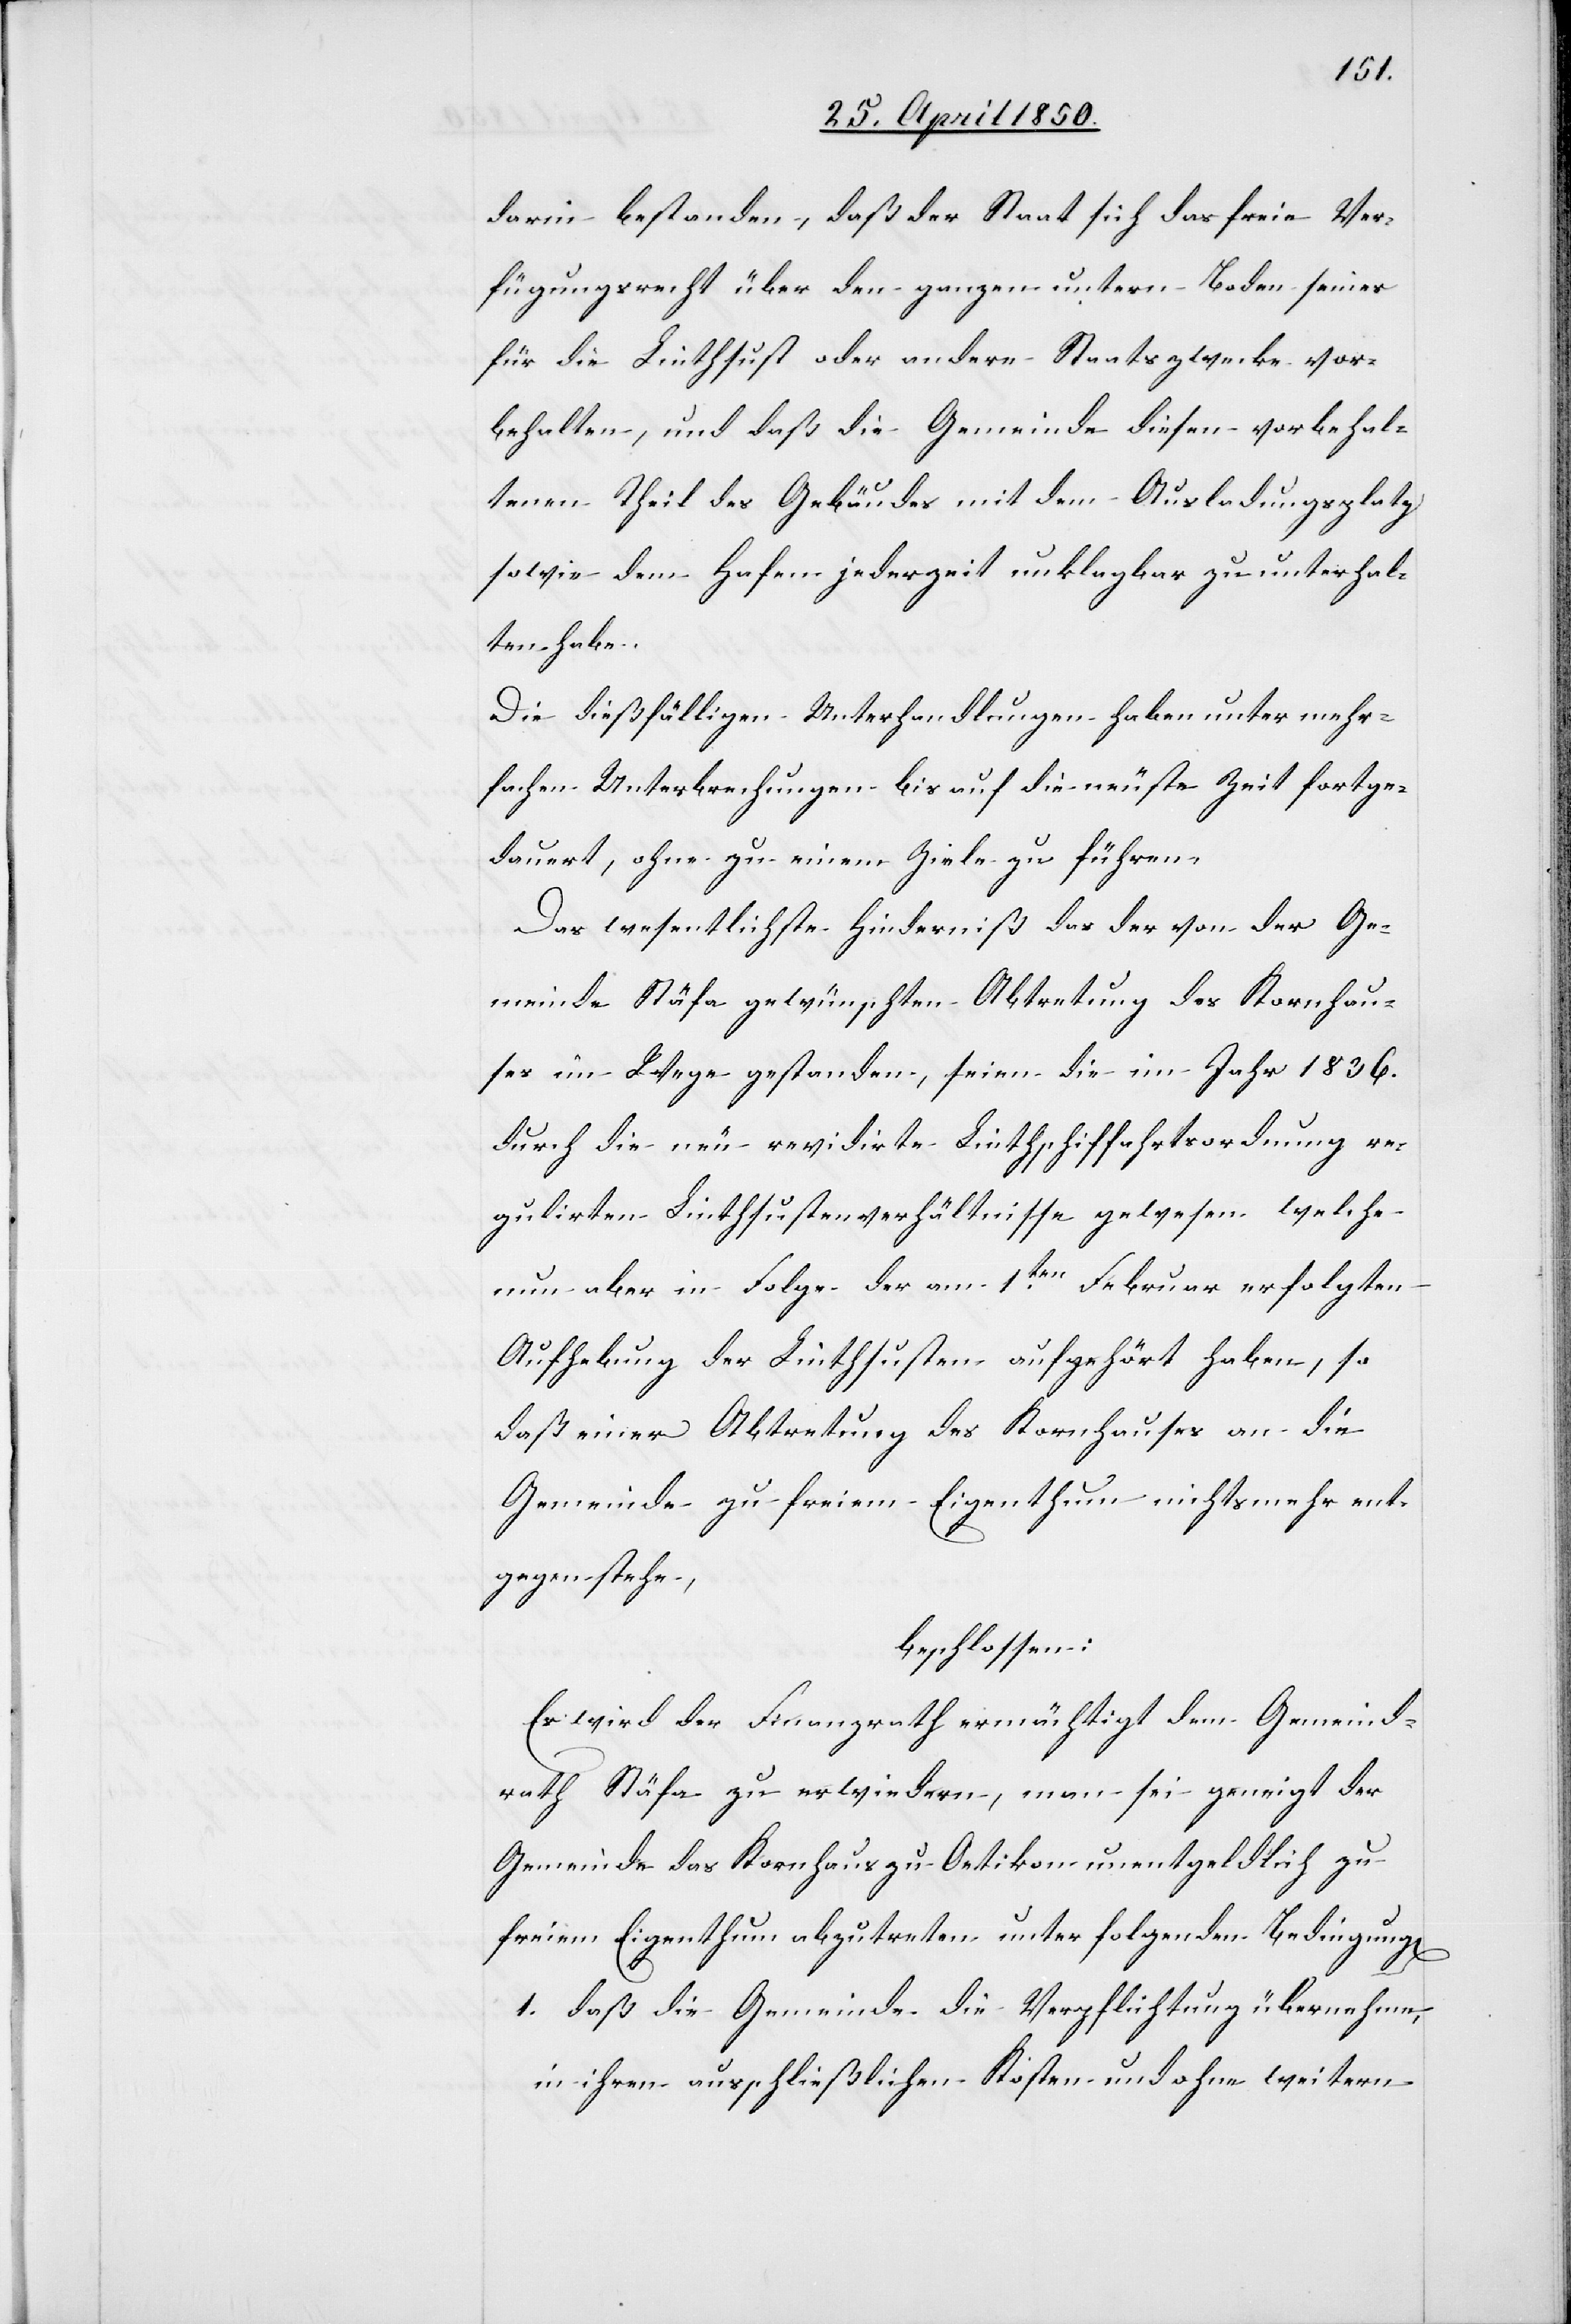
darin bestanden, daß der Staat sich das freie Ver¬
fügungsrecht über den ganzen untern Boden seines
für die Linthsust oder andere Staatszwecke vor¬
behalten, und daß die Gemeinde diesen vorbehal¬
tenen Theil des Gebäudes mit dem Ausladungsplatz
sowie dem Hafen jederzeit unklagbar zu unterhal¬
ten habe.
Die dießfälligen Unterhandlungen haben unter mehr¬
fachen Unterbrechungen bis auf die neuste Zeit fortge¬
dauert, ohne zu einem Ziele zu führen.
Das wesentlichste Hinderniß das der von der Ge¬
meinde Stäfa gewünschten Abtretung des Kornhau¬
ses im Wege gestanden, seien die im Jahr 1836.
durch die neu revidirte Linthschiffahrtsordnung re¬
gulirten Linthsustenverhältnisse gewesen welche
nun aber in Folge der am 1ten Februar erfolgen
Aufhebung der Linthsusten aufgehört haben, so
daß einer Abtretung des Kornhauses an die
Gemeinde zu freiem Eigenthum nichts mehr ent¬
gegenstehen,
beschlossen:
Es wird der Finanzrath ermächtigt dem Gemeind¬
rath Stäfa zu erwiedern man sei geneigt der
Gemeinde das Kornhaus zu Oetikon unentgeldlich zu
freiem Eigenthum abzutreten unter folgenden Bedingung[en]
1. daß die Gemeinde die Verpflichtung übernehme,
in ihren ausschließlichen Kosten und ohne weitern